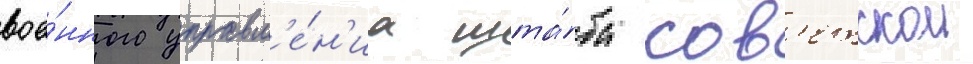
вое́нного управл'е́н'иа шта́ба сов'етскои